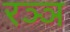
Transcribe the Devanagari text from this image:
रञ्ञ